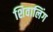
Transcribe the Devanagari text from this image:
शिवालिंग